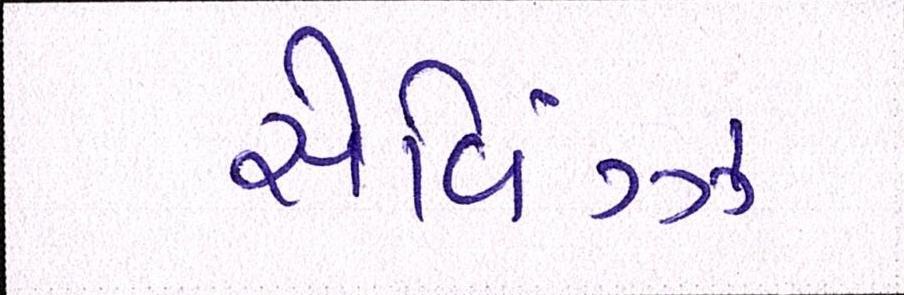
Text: સેવિંગ્ઝ